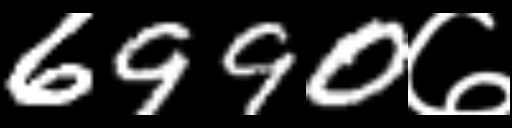
Text: 6990७